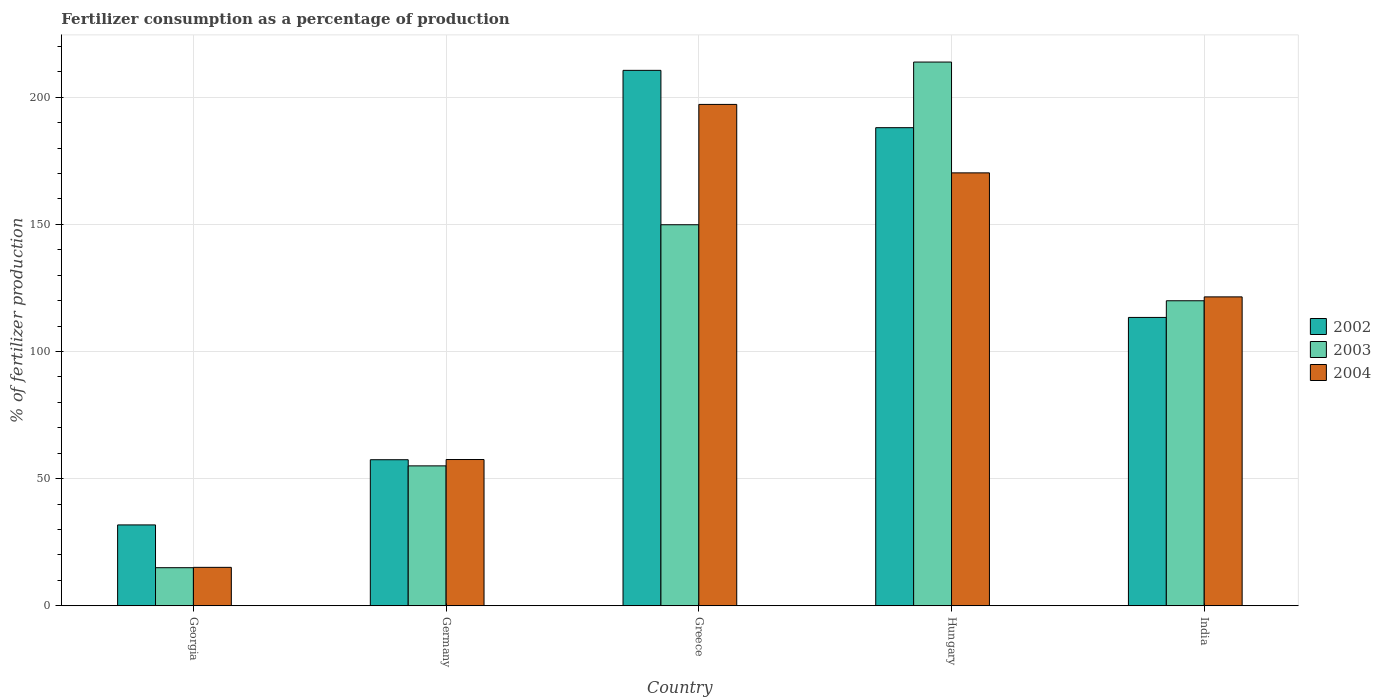
| Country | 2002 | 2003 | 2004 |
 | --- | --- | --- | --- |
 | Georgia | 31.8 | 15 | 15.1 |
 | Germany | 57.4 | 55 | 57.5 |
 | Greece | 211 | 150 | 197 |
 | Hungary | 188 | 214 | 170 |
 | India | 113 | 120 | 121 |